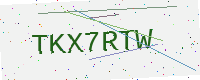
Text: TKX7RTW